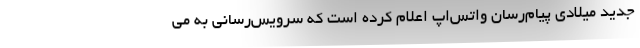
جدید میلادی پیام‌رسان واتس‌اپ اعلام کرده است که سرویس‌رسانی به می